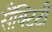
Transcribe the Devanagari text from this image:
सैंक्टिटी